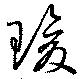
瑗